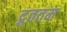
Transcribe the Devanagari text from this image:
द्रुततम